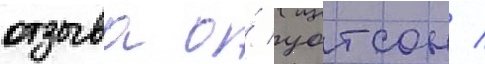
отзыва о́ уотсон /